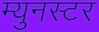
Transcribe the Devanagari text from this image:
म्युनस्टर